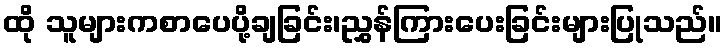
ထို သူများကစာပေပို့ချခြင်း၊ညွှန်ကြားပေးခြင်းများပြုသည်။